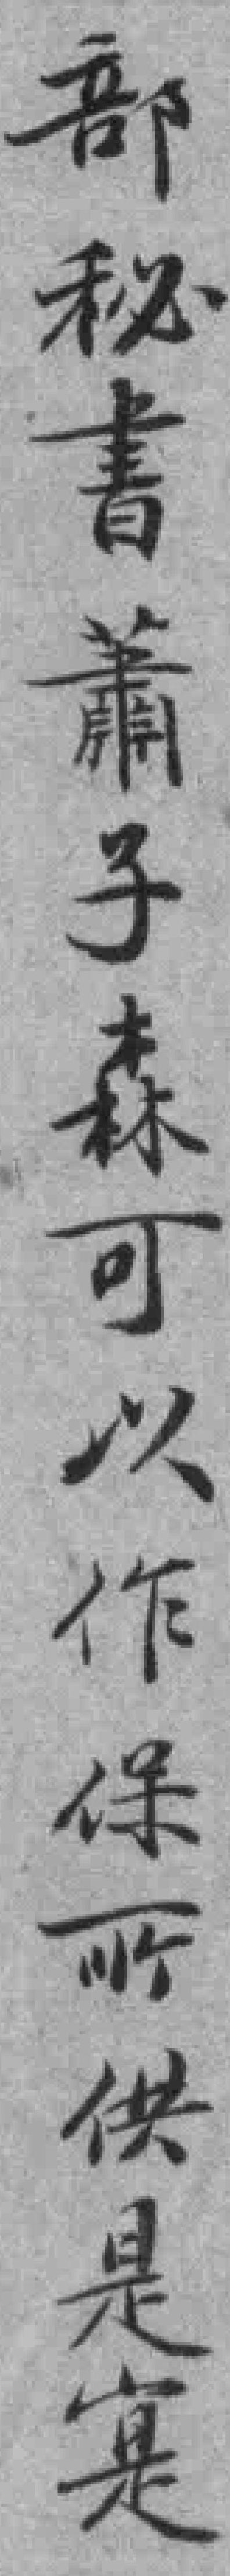
部秘書蕭子森可以作保所供是寔